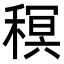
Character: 𮃠